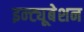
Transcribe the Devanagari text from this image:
इन्ट्यूबेशन